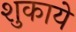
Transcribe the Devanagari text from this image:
शुकाये